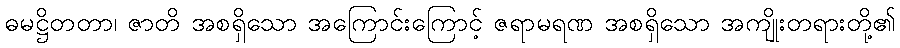
ဓမဋ္ဌိတတာ၊ ဇာတိ အစရှိသော အကြောင်းကြောင့် ဇရာမရဏ အစရှိသော အကျိုးတရားတို့၏